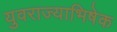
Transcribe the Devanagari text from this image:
युवराज्याभिषेक